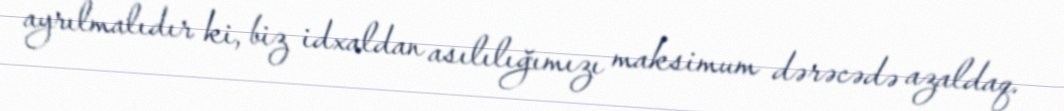
ayrılmalıdır ki, biz idxaldan asılılığımızı maksimum dərəcədə azaldaq.